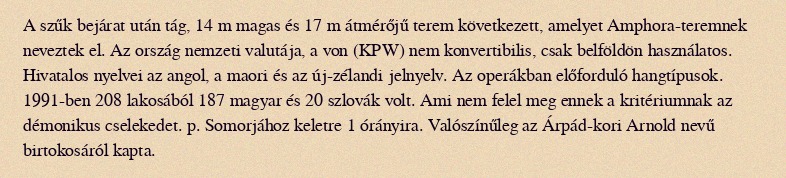
A szűk bejárat után tág, 14 m magas és 17 m átmérőjű terem következett, amelyet Amphora-teremnek neveztek el. Az ország nemzeti valutája, a von (KPW) nem konvertibilis, csak belföldön használatos. Hivatalos nyelvei az angol, a maori és az új-zélandi jelnyelv. Az operákban előforduló hangtípusok. 1991-ben 208 lakosából 187 magyar és 20 szlovák volt. Ami nem felel meg ennek a kritériumnak az démonikus cselekedet. p. Somorjához keletre 1 órányira. Valószínűleg az Árpád-kori Arnold nevű birtokosáról kapta.